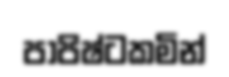
පාපිෂ්ටකමින්